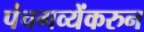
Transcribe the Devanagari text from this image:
पंचगव्येंकरुन